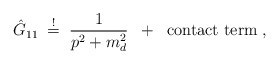
\begin{align*}\hat{G}_{11} \; \stackrel{!}{=} \; \frac{1}{p^2 + m_d^2}\; \; + \; \; \mbox{contact term} \; ,\end{align*}